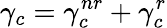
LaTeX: \gamma_{c}=\gamma_{c}^{nr}+\gamma_{c}^{r}